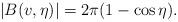
LaTeX: \begin{align*}|B(v,\eta)|=2\pi(1-\cos\eta).\end{align*}